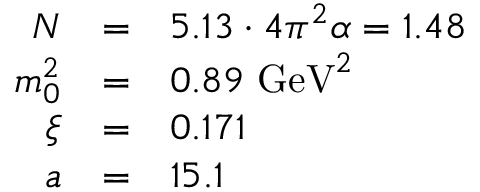
\begin{array} { r c l } { { N } } & { { = } } & { { 5 . 1 3 \cdot 4 \pi ^ { 2 } \alpha = 1 . 4 8 } } \\ { { m _ { 0 } ^ { 2 } } } & { { = } } & { { 0 . 8 9 \, \, \mathrm { G e V } ^ { 2 } } } \\ { { \xi } } & { { = } } & { { 0 . 1 7 1 } } \\ { { a } } & { { = } } & { { 1 5 . 1 } } \end{array}